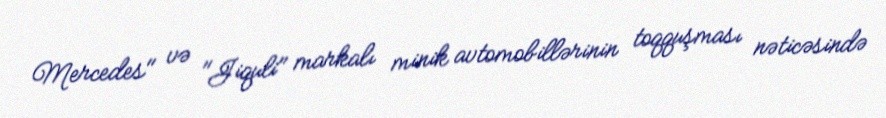
Mercedes" və "Jiquli" markalı minik avtomobillərinin toqquşması nəticəsində